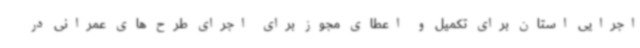
اجرایی استان برای تکمیل و اعطای مجوز برای اجرای طرح های عمرانی در